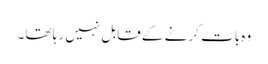
وہ بات کرنے کے قابل نہیں رہا تھا۔